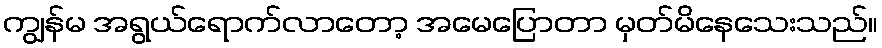
ကျွန်မ အရွယ်ရောက်လာတော့ အမေပြောတာ မှတ်မိနေသေးသည်။